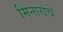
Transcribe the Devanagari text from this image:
मिनारांचे